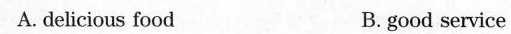
A.delicious food B.good service